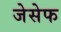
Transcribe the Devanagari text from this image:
जेसेफ